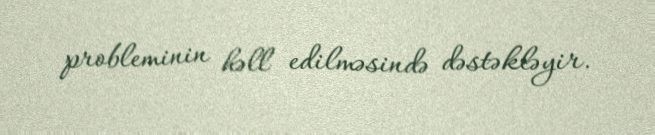
probleminin həll edilməsində dəstəkləyir.